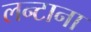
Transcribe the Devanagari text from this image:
लन्टाना